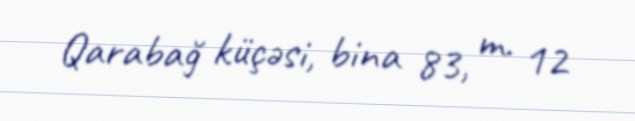
Qarabağ küçəsi, bina 83, m. 12